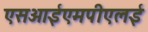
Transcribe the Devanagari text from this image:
एसआईएमपीएलई